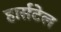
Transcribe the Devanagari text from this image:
हार्सटेल